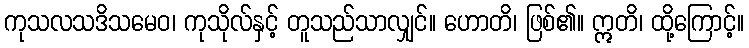
ကုသလသဒိသမေဝ၊ ကုသိုလ်နှင့် တူသည်သာလျှင်။ ဟောတိ၊ ဖြစ်၏။ ဣတိ၊ ထို့ကြောင့်။